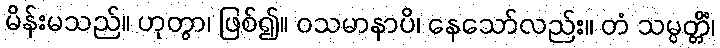
မိန်းမသည်။ ဟုတွာ၊ ဖြစ်၍။ ဝသမာနာပိ၊ နေသော်လည်း။ တံ သမ္ပတ္တိံ၊